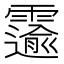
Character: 𫕲